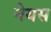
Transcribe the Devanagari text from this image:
नेयस